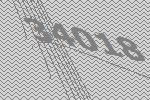
34018